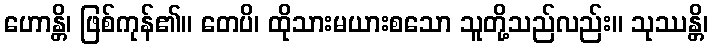
ဟောန္တိ၊ ဖြစ်ကုန်၏။ တေပိ၊ ထိုသားမယားစသော သူတို့သည်လည်း။ သုဿန္တိ၊